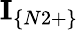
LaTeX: \textbf{I}_{\{ N2+\} }